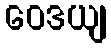
ဝေဒယျ